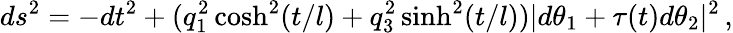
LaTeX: ds^{2}=-dt^{2}+(q_{1}^{2}\cosh^{2}(t/l)+q_{3}^{2}\sinh^{2}(t/l))|d\theta_{1}+\tau(t)d\theta_{2}|^{2}\, ,